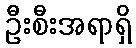
ဦးစီးအရာရှိ